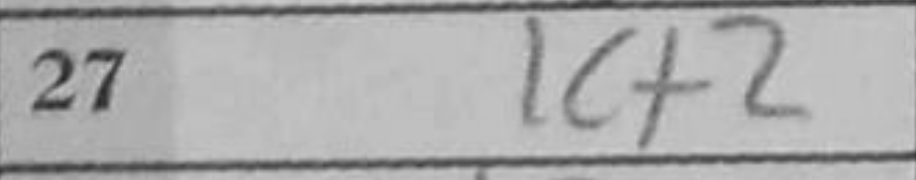
Transcription: Kf2